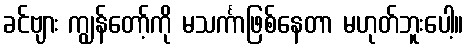
ခင်ဗျား ကျွန်တော့်ကို မသင်္ကာဖြစ်နေတာ မဟုတ်ဘူးပေါ့။